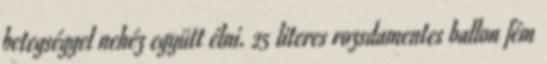
betegséggel nehéz együtt élni. 25 literes rozsdamentes ballon fém